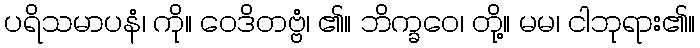
ပရိသမာပနံ၊ ကို။ ဝေဒိတဗ္ဗံ၊ ၏။ ဘိက္ခဝေ၊ တို့။ မမ၊ ငါဘုရား၏။